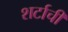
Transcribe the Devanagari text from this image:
शर्टाची